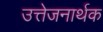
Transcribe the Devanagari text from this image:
उत्तेजनार्थक